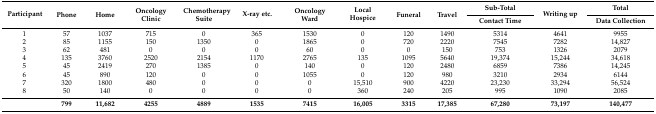
<table><thead><tr><td rowspan="2"><b>Participant</b></td><td rowspan="2"><b>Phone</b></td><td rowspan="2"><b>Home</b></td><td rowspan="2"><b>Oncology Clinic</b></td><td rowspan="2"><b>Chemotherapy Suite</b></td><td rowspan="2"><b>X-ray etc.</b></td><td rowspan="2"><b>Oncology Ward</b></td><td rowspan="2"><b>Local Hospice</b></td><td rowspan="2"><b>Funeral</b></td><td rowspan="2"><b>Travel</b></td><td><b>Sub-Total</b></td><td rowspan="2"><b>Writing up</b></td><td><b>Total</b></td></tr><tr><td><b>Contact Time</b></td><td><b>Data Collection</b></td></tr></thead><tbody><tr><td>1</td><td>57</td><td>1037</td><td>715</td><td>0</td><td>365</td><td>1530</td><td>0</td><td>120</td><td>1490</td><td>5314</td><td>4641</td><td>9955</td></tr><tr><td>2</td><td>85</td><td>1155</td><td>150</td><td>1350</td><td>0</td><td>1865</td><td>0</td><td>720</td><td>2220</td><td>7545</td><td>7282</td><td>14,827</td></tr><tr><td>3</td><td>62</td><td>481</td><td>0</td><td>0</td><td>0</td><td>60</td><td>0</td><td>0</td><td>150</td><td>753</td><td>1326</td><td>2079</td></tr><tr><td>4</td><td>135</td><td>3760</td><td>2520</td><td>2154</td><td>1170</td><td>2765</td><td>135</td><td>1095</td><td>5640</td><td>19,374</td><td>15,244</td><td>34,618</td></tr><tr><td>5</td><td>45</td><td>2419</td><td>270</td><td>1385</td><td>0</td><td>140</td><td>0</td><td>120</td><td>2480</td><td>6859</td><td>7386</td><td>14,245</td></tr><tr><td>6</td><td>45</td><td>890</td><td>120</td><td>0</td><td>0</td><td>1055</td><td>0</td><td>120</td><td>980</td><td>3210</td><td>2934</td><td>6144</td></tr><tr><td>7</td><td>320</td><td>1800</td><td>480</td><td>0</td><td>0</td><td>0</td><td>15,510</td><td>900</td><td>4220</td><td>23,230</td><td>33,294</td><td>56,524</td></tr><tr><td>8</td><td>50</td><td>140</td><td>0</td><td>0</td><td>0</td><td>0</td><td>360</td><td>240</td><td>205</td><td>995</td><td>1090</td><td>2085</td></tr><tr><td></td><td><b>799</b></td><td><b>11,682</b></td><td><b>4255</b></td><td><b>4889</b></td><td><b>1535</b></td><td><b>7415</b></td><td><b>16,005</b></td><td><b>3315</b></td><td><b>17,385</b></td><td><b>67,280</b></td><td><b>73,197</b></td><td><b>140,477</b></td></tr></tbody></table>